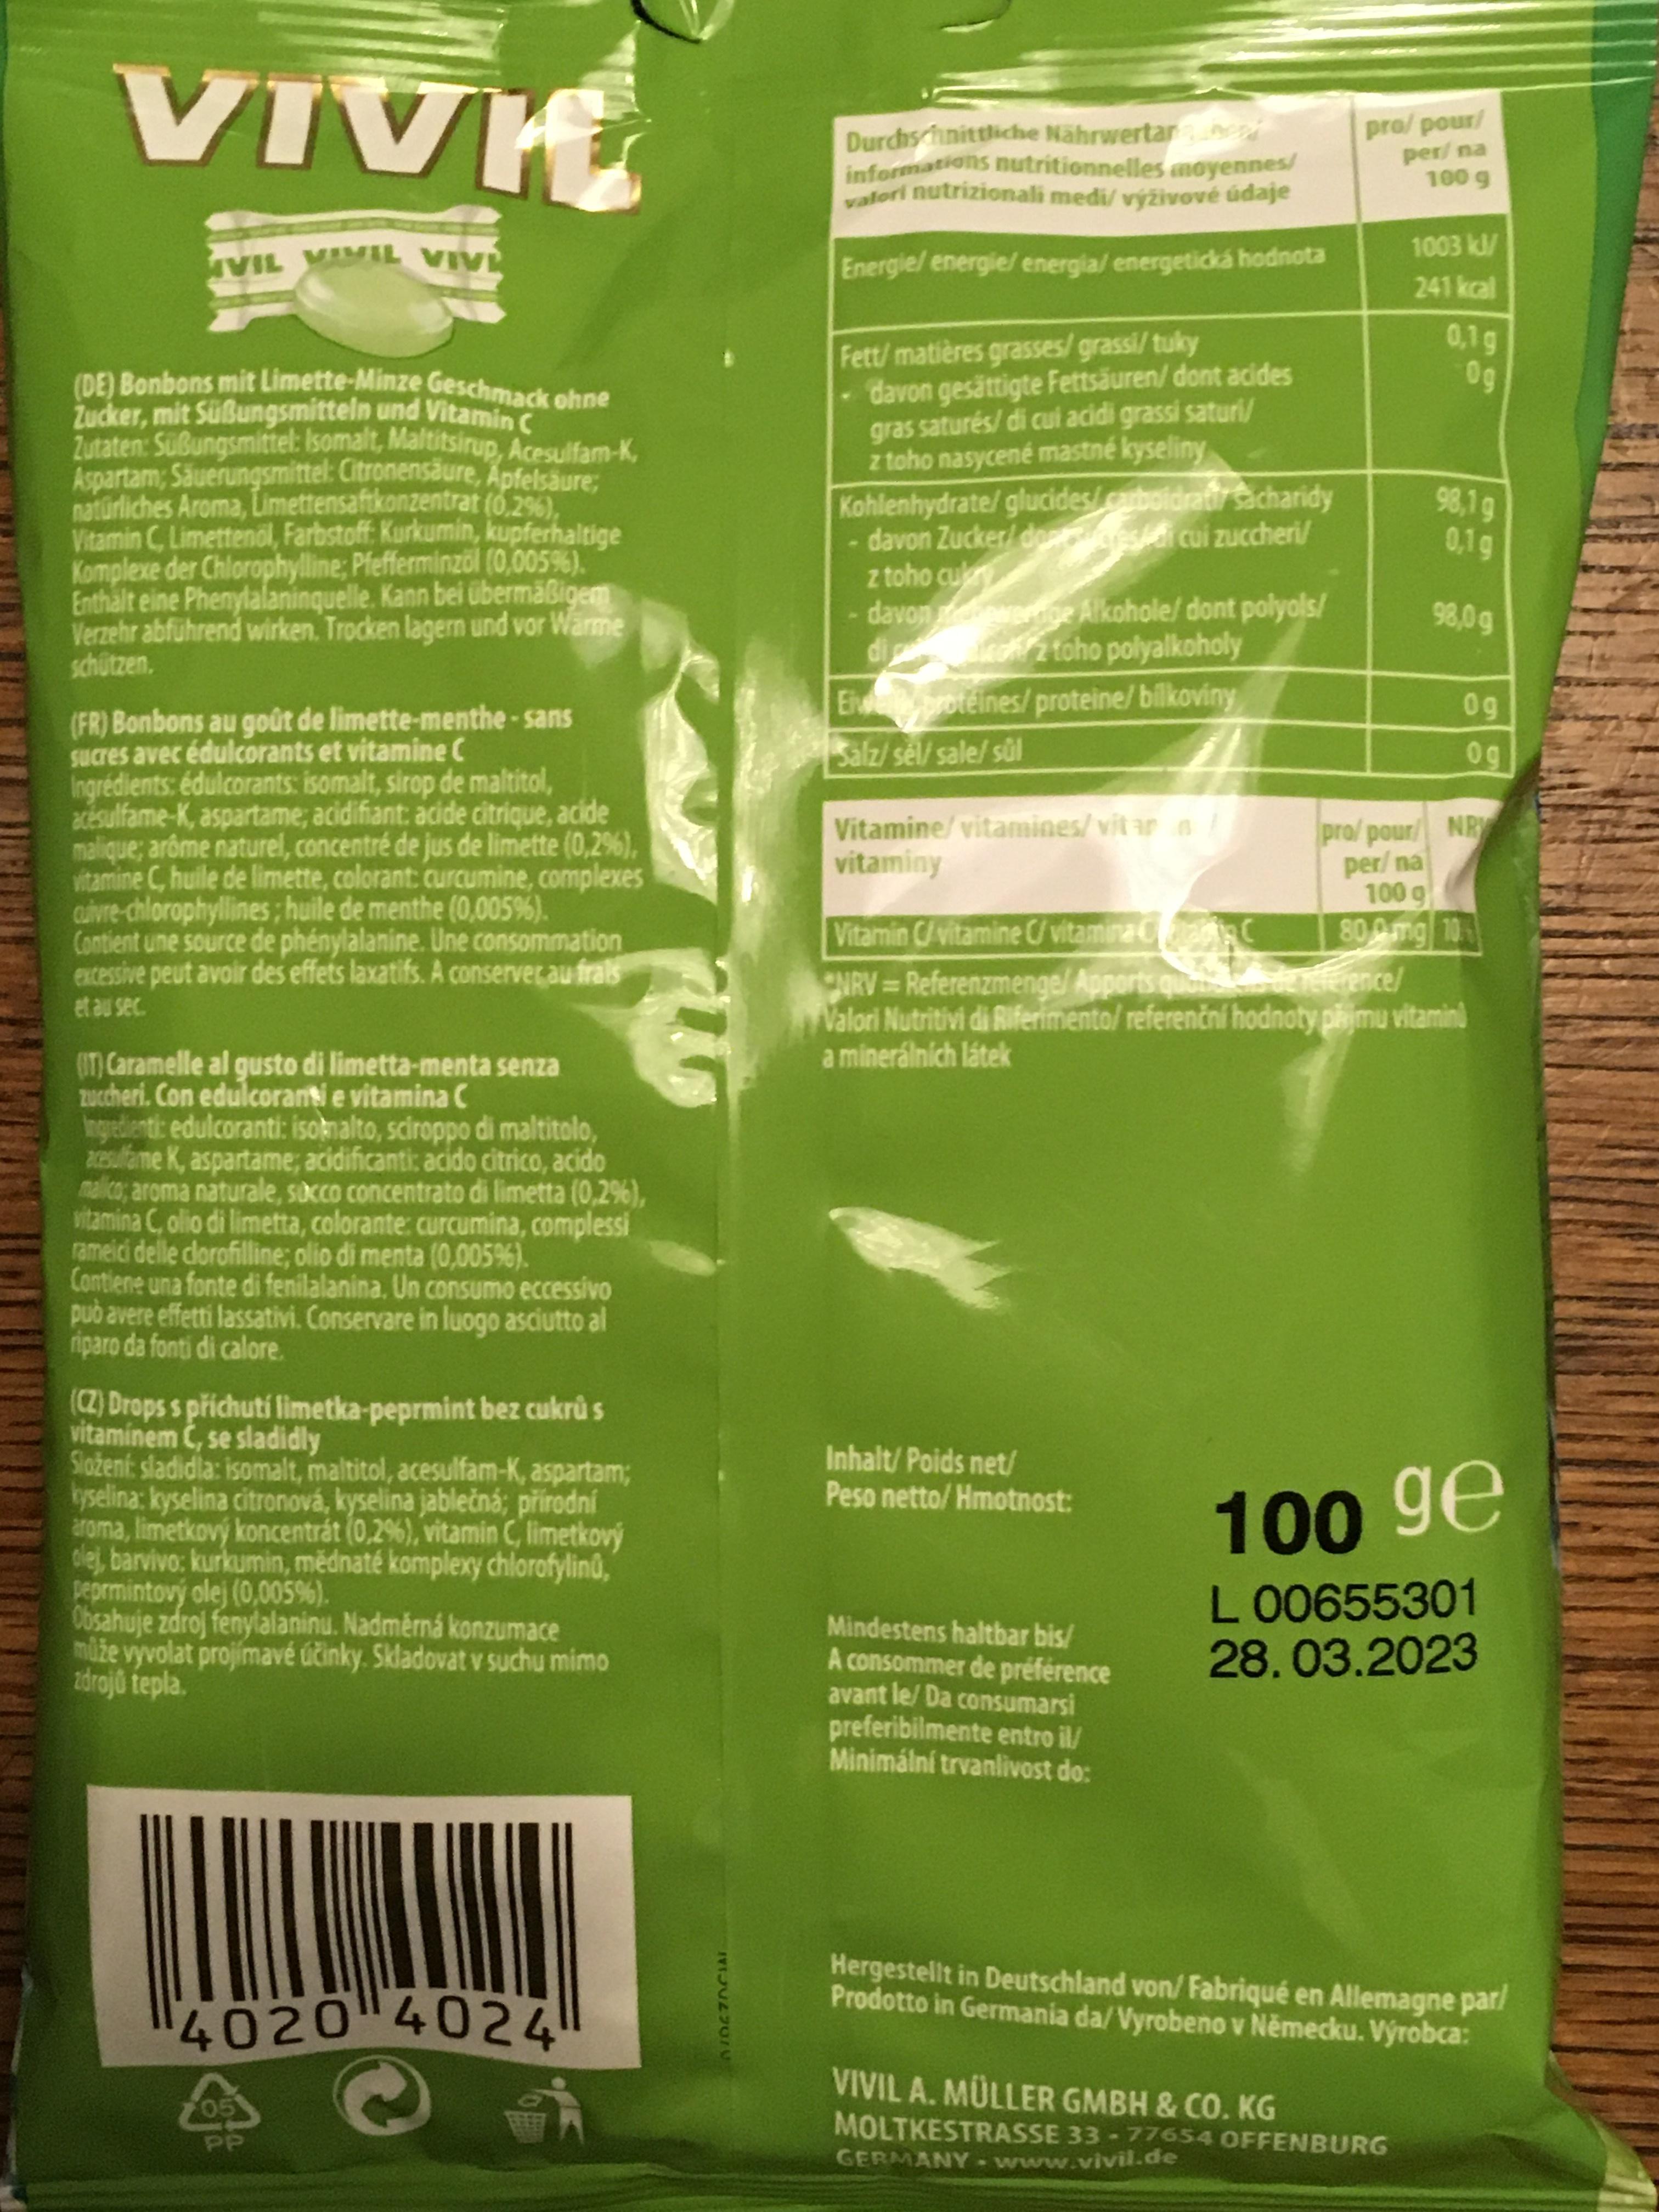
VIVK
Durchs hnittliche Nährwertar i informations nutritionnelles moyennes/ valori nutrizionali medi/ výživové údaje
pro/ pour/ per/ na 100 g
1003 k/
VIL VAMIL VIVE
Energie/ energie/ energia/ energetická hodnota
241 kcal
0,1g 0g
(DE) Bonbons mit Limette-Minze Geschmack ohne Zucker, mit Süßungsmitteln und Vitamin C Zutaten: Sußungsmittel: Isomalt, Maltitsirup, Acesulfam-K, Aspartam; Sauerungsmittel: Citronensäure, Apfelsäure; natürliches Aroma, Limettensaftkonzentrat (0.2%), Vitamin C, Limettenöl, Farbstoff: Kurkumin, kupferhaltige Komplexe der Chlorophylline; Pfefferminzöl (0,005%). Enthalt eine Phenylalaninquelle. Kann bei übermäßigem Verzehr abführend wirken. Trocken lagern und vor Wärme schützen.
Fett/ matières grasses/ grassi/ tuky davon gesättigte Fettsäuren/ dont acides gras saturés/ di cul acidi grassi saturi/ z toho nasycené mastné kyseliny Kohlenhydrate/ glucides/boidratir acharidy davon Zucker/ de es i cui zuccheri/ z toho cu davonewerdoe Alkohole/ dont polyols/ di E roteines/proteine/bilkoviny
98,1g 0,1g
98,0g
toho polyalkoholy
0g
(FR) Bonbons au goût de limette-menthe-sans sucres avec édulcorants et vitamine C Ingrédients: édulcorants: isomalt, sirop de maltitol, acésulfame-K, aspartame; acidifiant: acide citrique, acide malique; arôme naturel, concentré de jus de limette (0,2%), vitamine C, huile de limette, colorant: curcumine, complexes auivre-chlorophyllines; huile de menthe (0,005%). Contient une source de phénylalanine. Une consommation excessive peut avoir des effets laxatifs. A conserver au frals
Salz/ sel/ sale/ sül
0g
Vitamine/vitamines/vit ar a vitaminy
pro/pour/ NR per/ na 100 g
Vitamin C/vitamine C/vitamina Cana C ONRV Referenzmenge/ Apports qua Walori Nutritivi di Riferimento/ referenční hodnoty phjmu vitamini a minerálních látek
800mg 10 dIerence/
et au sec.
IT) Caramelle al gusto di limetta-menta senza zucheri. Con edulcoranti e vitamina C Ingredlentic edulcoranti: isonalto, sciroppo di maltitolo, esulfame K, aspartame; acidificanti: acido citrico, acido malico; aroma naturale, succo concentrato di limetta (0,2%), vitamina C, olio di limetta, colorante: curcumina, complessi rameici delle clorofilline; olio di menta (0,005%). Contiene una fonte di fenilalanina. Un consumo eccessivo può avere effetti lassativi. Conservare in luogo asciutto al riparo da fonti di calore.
(CZ) Drops s příchutí limetka-peprmint bez cukrů s vitaminem C, se sladidly Složení: sladidla: isomalt, maltitol, acesulfam-K, aspartam; yselina: kyselina citronová, kyselina jablečná; přirodní aroma, limetkový koncentrát (0,2%), vitamin C, limetkový olej, barvivo: kurkumin, mědnaté komplexy chlorofylinů, peprmintový olej (0,005%). Obsahuje zdroj fenylalaninu. Nadměrná konzumace miže vyvolat projímavé účinky. Skladovat v suchu mimo zdrojů tepla.
Inhalt/ Poids net/ Peso netto/ Hmotnost:
100 ge
L00655301 28.03.2023
Mindestens haltbar bis/ A consommer de préférence avant le/ Da consumarsi preferibilmente entro il/ Minimální trvanlivost do:
4020 4024
Hergestellt in Deutschland von/ Fabriqué en Allemagne par/ Prodotto in Germania da/Vyrobeno v Německu. Výrobca:
VIVIL A. MÜLLER GMBH & CO. KG
05
MOLTKÉSTRASSE 33-77654 OFFENBURG
%2.
PP
GERMANY -www.vivil.de